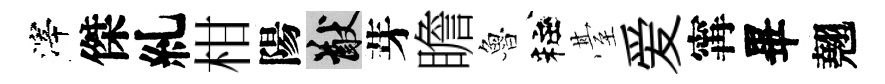
滓傑糺柑陽猷芽瞻魯粧䑓爱𡩋畢翹